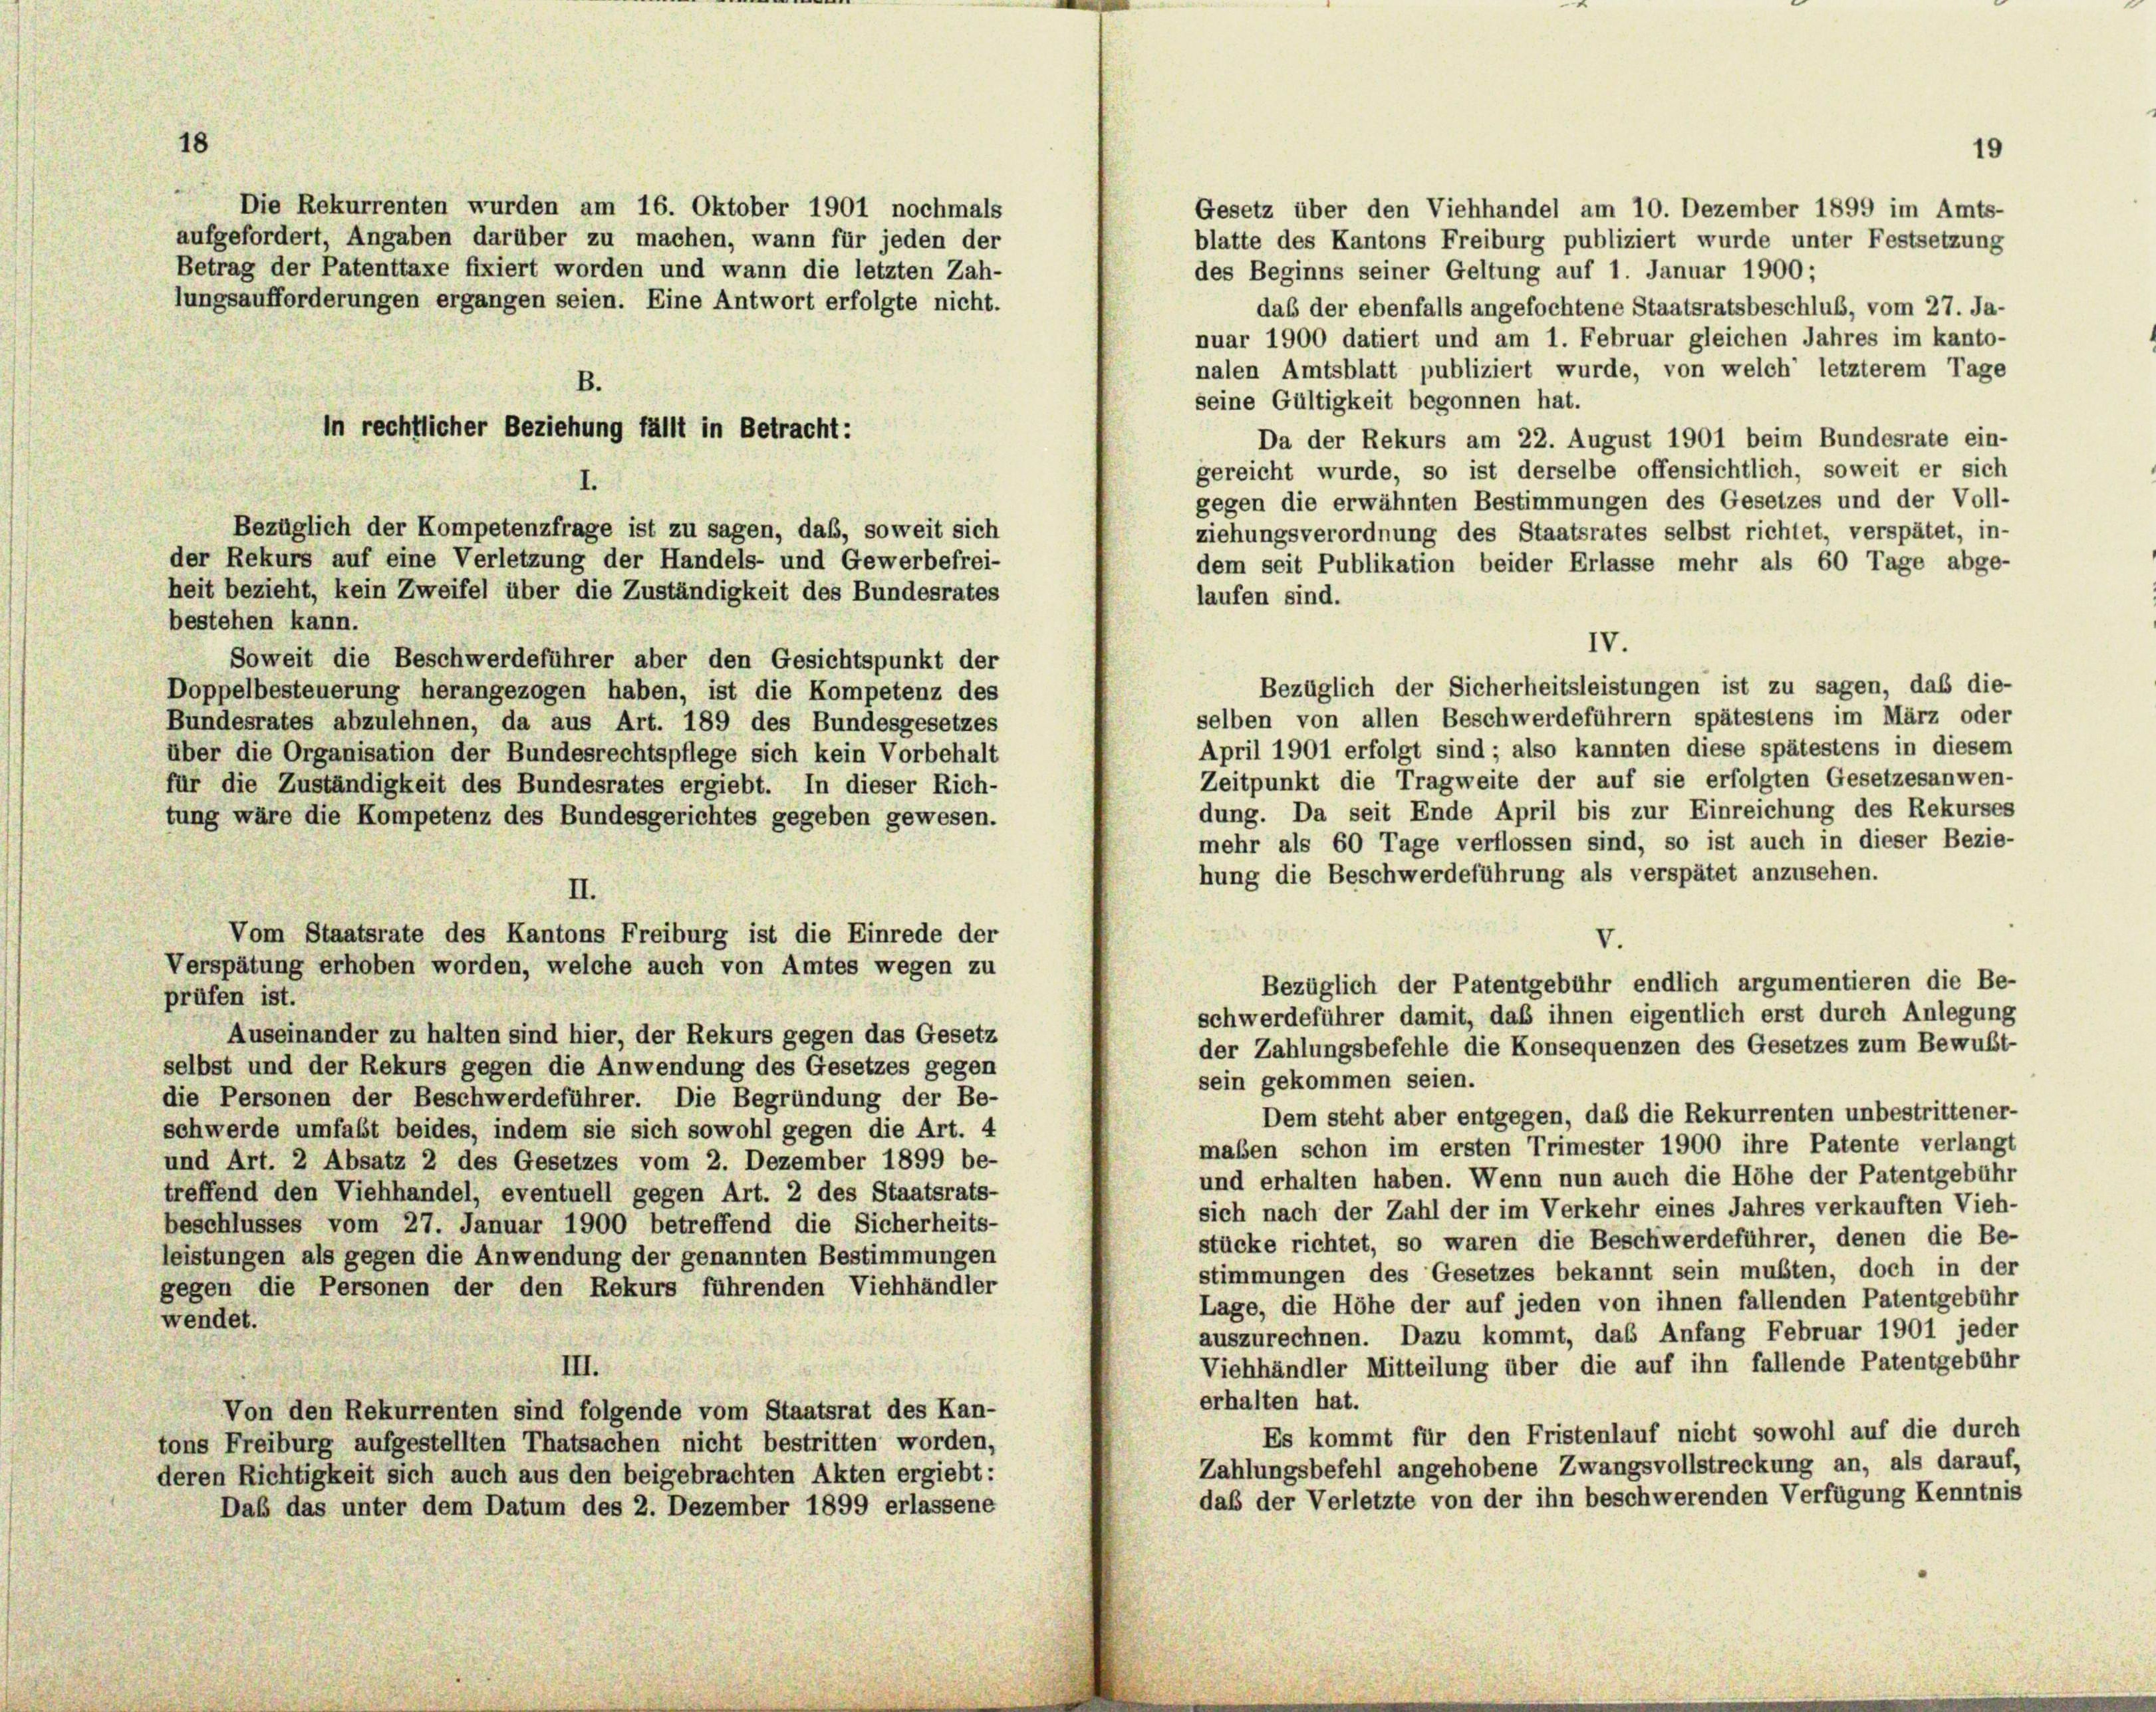
18

Gesetz über den Viehhandel am 10. Dezember 1899 im Amts-
blatte des Kantons Freiburg publiziert wurde unter Festsetzung
des Beginns seiner Geltung auf 1. Januar 1900;
nuar 1900 datiert und am 1. Februar gleichen Jahres im kanto-
nalen Amtsblatt publiziert wurde, von welch’ letzterem Tage
seine Gültigkeit begonnen hat.
Da der Rekurs am 22. August 1901 beim Bundesrate ein-
gereicht wurde, so ist derselbe offensichtlich, soweit er sich
gegen die erwähnten Bestimmungen des Gesetzes und der Voll-
Bezüglich der Kompetenzfrage ist zu sagen, daß, soweit sich
ziehungsverordnung des Staatsrates selbst richtet, verspätet, in-
der Rekurs auf eine Verletzung der Handels- und Gewerbefrei-
dem seit Publikation beider Erlasse mehr als 60 Tage abge-
heit bezieht, kein Zweifel über die Zuständigkeit des Bundesrates
laufen sind.
bestehen kann.
Soweit die Beschwerdeführer aber den Gesichtspunkt der
Bezüglich der Sicherheitsleistungen ist zu sagen, daß die-
Doppelbesteuerung herangezogen haben, ist die Kompetenz des
selben von allen Beschwerdeführern spätestens im März oder
Bundesrates abzulehnen, da aus Art. 189 des Bundesgesetzes
April 1901 erfolgt sind; also kannten diese spätestens in diesem
über die Organisation der Bundesrechtspflege sich kein Vorbehalt
Zeitpunkt die Tragweite der auf sie erfolgten Gesetzesanwen-
für die Zuständigkeit des Bundesrates ergiebt. In dieser Rich-
dung. Da seit Ende April bis zur Einreichung des Rekurses
tung wäre die Kompetenz des Bundesgerichtes gegeben gewesen.
mehr als 60 Tage verflossen sind, so ist auch in dieser Bezie-
hung die Beschwerdeführung als verspätet anzusehen.
II.
Vom Staatsrate des Kantons Freiburg ist die Einrede der
V.
Verspätung erhoben worden, welche auch von Amtes wegen zu
Bezüglich der Patentgebühr endlich argumentieren die Be-
prüfen ist.
schwerdeführer damit, daß ihnen eigentlich erst durch Anlegung
Auseinander zu halten sind hier, der Rekurs gegen das Gesetz
der Zahlungsbefehle die Konsequenzen des Gesetzes zum Bewußt-
selbst und der Rekurs gegen die Anwendung des Gesetzes gegen
sein gekommen seien.
die Personen der Beschwerdeführer. Die Begründung der Be-
Dem steht aber entgegen, daß die Rekurrenten unbestrittener-
schwerde umfalt beides, indem sie sich sowohl gegen die Art. 4
maßen schon im ersten Trimester 1900 ihre Patente verlangt
und Art. 2 Absatz 2 des Gesetzes vom 2. Dezember 1899 be-
und erhalten haben. Wenn nun auch die Höhe der Patentgebühr
treffend den Viehhandel, eventuell gegen Art. 2 des Staatsrats-
sich nach der Zahl der im Verkehr eines Jahres verkauften Vieh-
beschlusses vom 27. Januar 1900 betreffend die Sicherheits-
stücke richtet, so waren die Beschwerdeführer, denen die Be-
leistungen als gegen die Anwendung der genannten Bestimmungen
stimmungen des Gesetzes bekannt sein mußten, doch in der
gegen die Personen der den Rekurs führenden Viehhändler
Lage, die Höhe der auf jeden von ihnen fallenden Patentgebühr
wendet.
auszurechnen. Dazu kommt, das Anfang Februar 1901 jeder
Viehhändler Mitteilung über die auf ihn fallende Patentgebühr
III.
erhalten hat.
Von den Rekurrenten sind folgende vom Staatsrat des Kan-
Es kommt für den Fristenlauf nicht sowohl auf die durch
tons Freiburg aufgestellten Thatsachen nicht bestritten worden,
Zahlungsbefehl angehobene Zwangsvollstreckung an, als darauf,
deren Richtigkeit sich auch aus den beigebrachten Akten ergiebt:
daß der Verletzte von der ihn beschwerenden Verfügung Kenntnis
Daß das unter dem Datum des 2. Dezember 1899 erlassene

Die Rekurrenten wurden am 16. Oktober 1901 nochmals
aufgefordert, Angaben darüber zu machen, wann für jeden der
Betrag der Patenttaxe fixiert worden und wann die letzten Zah-
lungsaufforderungen ergangen seien. Eine Antwort erfolgte nicht.
.

in rechtlicher Beziehung fällt in Betracht:

I.

IV.

19

daß der ebenfalls angefochtene Staatsratsbeschluß, vom 27. Ja-